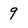
Character: 9